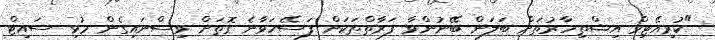
"ކުރިއޭޓިވް އިޝްތިހާރުތަށް ބަލަން ބޭނުންވާ ފަރާތްތަކަށް ފަސޭހަވާނެ ގޮތަށް ވިސްނައިގެން މުޅި ސައިޓް